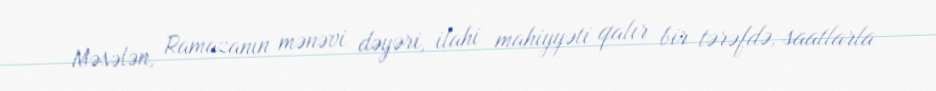
Məsələn, Ramazanın mənəvi dəyəri, ilahi mahiyyəti qalır bir tərəfdə, saatlarla